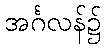
အင်္ဂလန်၌